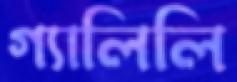
গ্যালিলি